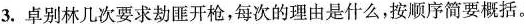
3.卓别林几次要求劫匪开枪，每次的理由是什么，按顺序简要概括。